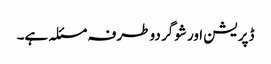
ڈپریشن اور شوگر دو طرفہ مسئلہ ہے۔